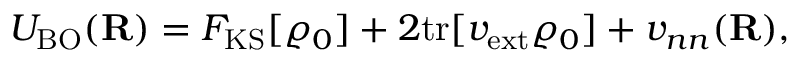
{ \displaystyle U _ { \mathrm { B O } } ( { \bf R } ) = F _ { \mathrm { K S } } [ \varrho _ { 0 } ] + 2 \mathrm { t r } [ v _ { \mathrm { e x t } } \varrho _ { 0 } ] + v _ { n n } ( { \bf R } ) , }